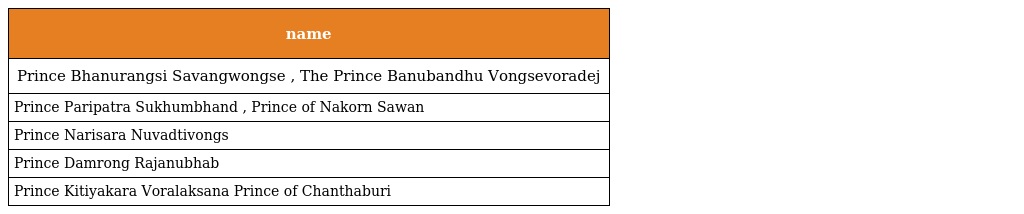
| name |
 | --- |
 | Prince Bhanurangsi Savangwongse , The Prince Banubandhu Vongsevoradej |
 | Prince Paripatra Sukhumbhand , Prince of Nakorn Sawan |
 | Prince Narisara Nuvadtivongs |
 | Prince Damrong Rajanubhab |
 | Prince Kitiyakara Voralaksana Prince of Chanthaburi |